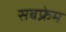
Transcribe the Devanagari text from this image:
सबफ्रेम